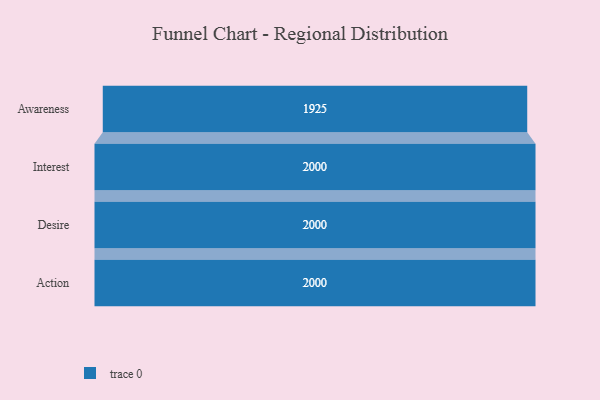
{"axis": {"x": "Stage", "y": "Value"}, "legend": [""], "data": [{"x": "Awareness", "y": 1925.0, "type": ""}, {"x": "Interest", "y": 2000, "type": ""}, {"x": "Desire", "y": 2000, "type": ""}, {"x": "Action", "y": 2000, "type": ""}]}